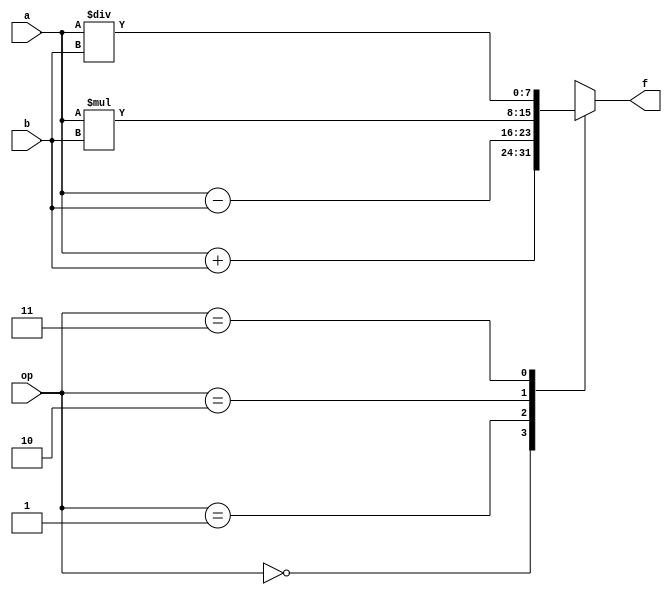
module ALU_4bit (f, a, b, op);
    input [1: 0] op;
    input [7: 0] a, b;

    output reg [7: 0] f;

    parameter ADD = 2'b00, SUB = 2'b01, MUL = 2'b10, DIV = 2'b11;

    always @ (*)
    begin
        case (op)
        ADD: f <= a + b;
        SUB: f <= a - b;
        MUL: f <= a * b;
        DIV: f <= a/b;

        endcase
    end
endmodule